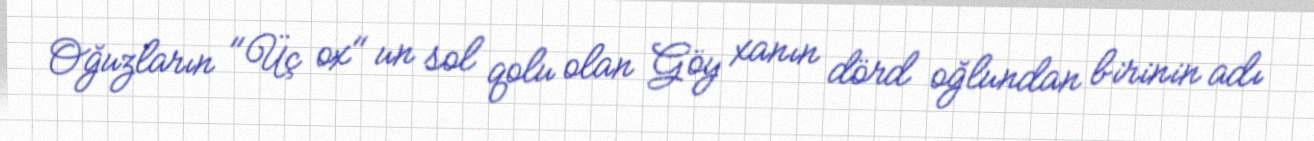
Oğuzların "Üç ox" un sol qolu olan Göy xanın dörd oğlundan birinin adı